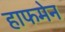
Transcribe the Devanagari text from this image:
हाफमेन